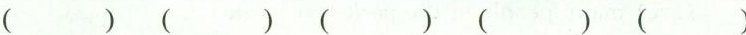
( ) ( ) ( ) ( ) ( )